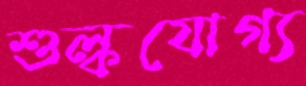
শুল্কযোগ্য